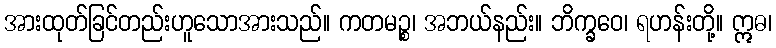
အားထုတ်ခြင်တည်းဟူသောအားသည်။ ကတမဉ္စ၊ အဘယ်နည်း။ ဘိက္ခဝေ၊ ရဟန်းတို့။ ဣဓ၊